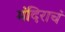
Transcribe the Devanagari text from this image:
मंदिराचं